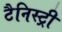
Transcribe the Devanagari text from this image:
टैनिस्ट्री